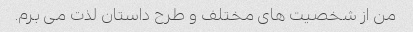
من از شخصیت های مختلف و طرح داستان لذت می برم.